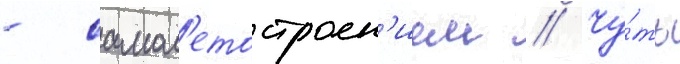
- самол'етостроен'ием // Чу́ть